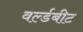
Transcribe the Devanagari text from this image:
वर्ल्डबीट